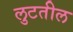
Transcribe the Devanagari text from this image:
लुटतील